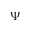
\Psi